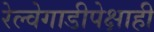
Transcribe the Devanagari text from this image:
रेल्वेगाडीपेक्षाही